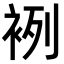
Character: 𧙷